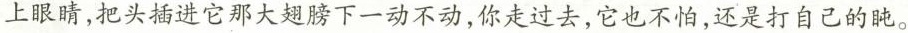
上眼睛，把头插进它那大翅膀下一动不动，你走过去，它也不怕，还是打自己的盹。